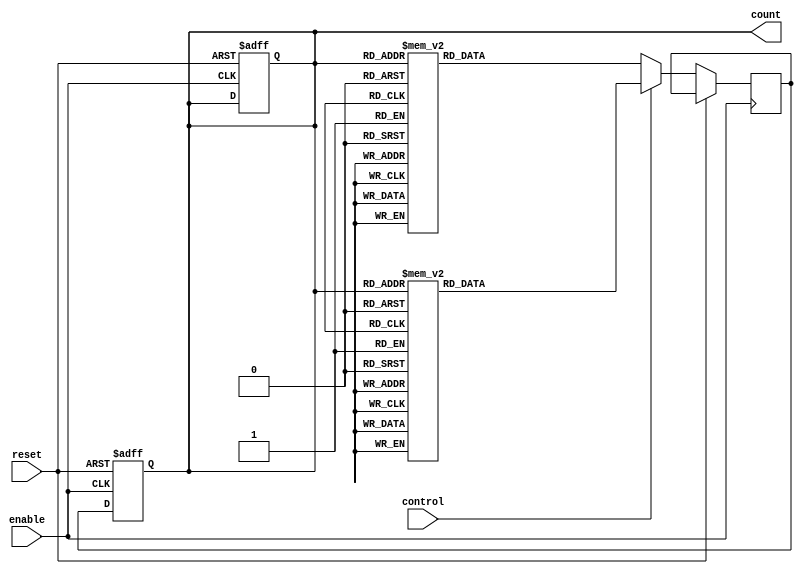
module gray_counter (
    input wire enable,
    input wire reset,
    input wire control,
    output reg [3:0] count
);

reg [3:0] next_count;

always @ (posedge enable or posedge reset) begin
    if (reset) begin
        count <= 4'b0;
    end else begin
        if (control) begin // count up
            case(count)
                4'b0000: next_count <= 4'b0001;
                4'b0001: next_count <= 4'b0011;
                4'b0011: next_count <= 4'b0010;
                4'b0010: next_count <= 4'b0110;
                4'b0110: next_count <= 4'b0111;
                4'b0111: next_count <= 4'b0101;
                4'b0101: next_count <= 4'b0100;
                4'b0100: next_count <= 4'b1100;
                4'b1100: next_count <= 4'b1101;
                4'b1101: next_count <= 4'b1111;
                4'b1111: next_count <= 4'b1110;
                4'b1110: next_count <= 4'b1010;
                4'b1010: next_count <= 4'b1011;
                4'b1011: next_count <= 4'b1001;
                4'b1001: next_count <= 4'b1000;
                4'b1000: next_count <= 4'b0000;
            endcase
        end else begin // count down
            case(count)
                4'b0000: next_count <= 4'b1000;
                4'b1000: next_count <= 4'b1001;
                4'b1001: next_count <= 4'b1011;
                4'b1011: next_count <= 4'b1010;
                4'b1010: next_count <= 4'b1110;
                4'b1110: next_count <= 4'b1111;
                4'b1111: next_count <= 4'b1101;
                4'b1101: next_count <= 4'b1100;
                4'b1100: next_count <= 4'b0100;
                4'b0100: next_count <= 4'b0101;
                4'b0101: next_count <= 4'b0111;
                4'b0111: next_count <= 4'b0110;
                4'b0110: next_count <= 4'b0010;
                4'b0010: next_count <= 4'b0011;
                4'b0011: next_count <= 4'b0001;
                4'b0001: next_count <= 4'b0000;
            endcase
        end
    end
end

always @ (posedge enable or posedge reset) begin
    if (reset) begin
        count <= 4'b0;
    end else begin
        count <= next_count;
    end
end

endmodule